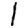
Digit: 1